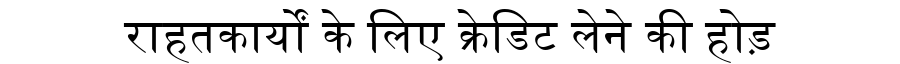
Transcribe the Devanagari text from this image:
राहतकार्यों के लिए क्रेडिट लेने की होड़